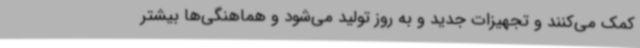
کمک می‌کنند و تجهیزات جدید و به روز تولید می‌شود و هماهنگی‌ها بیشتر